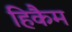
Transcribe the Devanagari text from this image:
हिकैम